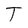
Character: T